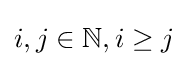
i,j\in \mathbb {N} ,i\geq j